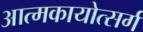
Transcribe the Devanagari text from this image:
आत्मकायोत्सर्ग